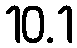
10.1